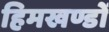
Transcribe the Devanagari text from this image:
हिमखण्डों